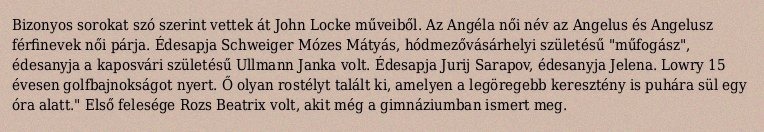
Bizonyos sorokat szó szerint vettek át John Locke műveiből. Az Angéla női név az Angelus és Angelusz férfinevek női párja. Édesapja Schweiger Mózes Mátyás, hódmezővásárhelyi születésű "műfogász", édesanyja a kaposvári születésű Ullmann Janka volt. Édesapja Jurij Sarapov, édesanyja Jelena. Lowry 15 évesen golfbajnokságot nyert. Ő olyan rostélyt talált ki, amelyen a legöregebb keresztény is puhára sül egy óra alatt." Első felesége Rozs Beatrix volt, akit még a gimnáziumban ismert meg.